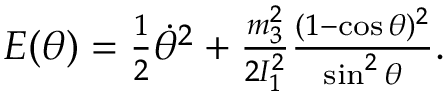
\begin{array} { r } { E ( \theta ) = \frac 1 2 \dot { \theta } ^ { 2 } + \frac { m _ { 3 } ^ { 2 } } { 2 I _ { 1 } ^ { 2 } } \frac { ( 1 - \cos \theta ) ^ { 2 } } { \sin ^ { 2 } \theta } . } \end{array}